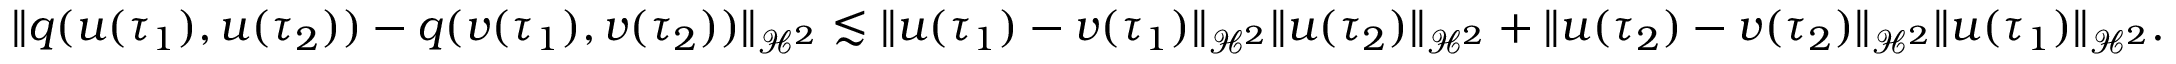
\lVert q ( u ( \tau _ { 1 } ) , u ( \tau _ { 2 } ) ) - q ( v ( \tau _ { 1 } ) , v ( \tau _ { 2 } ) ) \rVert _ { \mathcal { H } ^ { 2 } } \lesssim \lVert u ( \tau _ { 1 } ) - v ( \tau _ { 1 } ) \rVert _ { \mathcal { H } ^ { 2 } } \lVert u ( \tau _ { 2 } ) \rVert _ { \mathcal { H } ^ { 2 } } + \lVert u ( \tau _ { 2 } ) - v ( \tau _ { 2 } ) \rVert _ { \mathcal { H } ^ { 2 } } \lVert u ( \tau _ { 1 } ) \rVert _ { \mathcal { H } ^ { 2 } } .